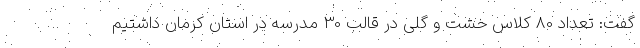
گفت: تعداد 80 کلاس خشت و گلی در قالب 30 مدرسه در استان کرمان داشتیم